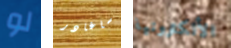
لو ساغادر الألكترونية